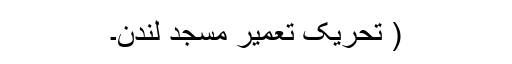
( تحریک تعمیر مسجد لندن۔